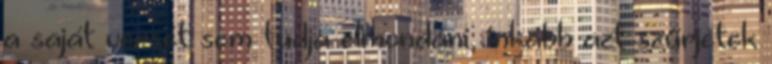
a saját versét sem tudja elmondani, inkább azt szűrjétek